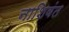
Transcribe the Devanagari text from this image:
नाशिवंत